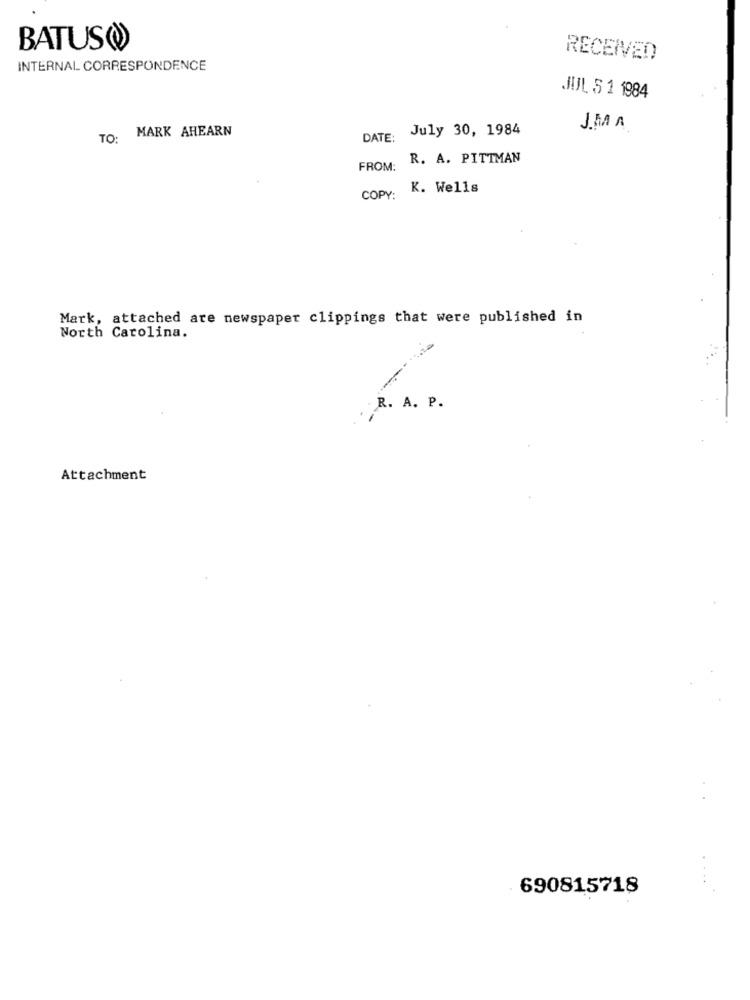
BATUS(
RECEIVED
INTERNAL CORRESPONDENCE
JUL S 1 1984
MARK AHEARN
DATE: July 30, 1984
1M A
TO:
R. A. PITTMAN
FROM:
K. Wells
COPY:
Mark, attached are newspaper clippings that were published in
North Carolina.
R. A. P.
Attachment
690815718